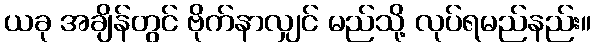
ယခု အချိန်တွင် ဗိုက်နာလျှင် မည်သို့ လုပ်ရမည်နည်း။